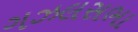
ગઝલસભા